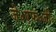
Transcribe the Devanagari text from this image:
जे॰एफ॰जी॰